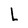
Character: L